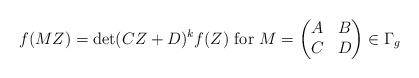
LaTeX: \begin{align*}f(MZ)= \det( CZ + D) ^k f(Z) \mbox{ for } M= \begin{pmatrix}A&B\\C&D\end{pmatrix}\in \Gamma_g\end{align*}